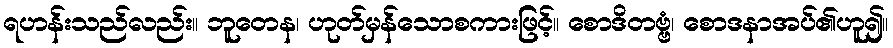
ရဟန်းသည်လည်း။ ဘူတေန၊ ဟုတ်မှန်သောစကားဖြင့်။ စောဒိတဗ္ဗံ၊ စောဒနာအပ်၏ဟူ၍။